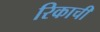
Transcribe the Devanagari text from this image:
रिकाची